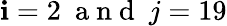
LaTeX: \mathbf{i}=2\ \mathrm{{~a~n~d~}}\ j=19